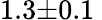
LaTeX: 1.3{\pm}0.1\